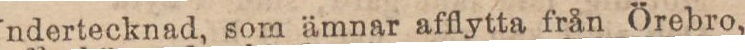
Undertecknad, som ämnar afflytta från Örebro,